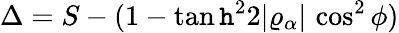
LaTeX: \Delta=S-(1-\operatorname{tan\mathtt{h}}^{2}2\vert\varrho_{\alpha}\vert\, \cos^{2}\phi)